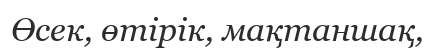
Өсек, өтірік, мақтаншақ,